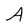
Character: A